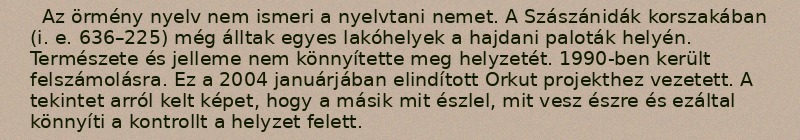
Az örmény nyelv nem ismeri a nyelvtani nemet. A Szászánidák korszakában (i. e. 636–225) még álltak egyes lakóhelyek a hajdani paloták helyén. Természete és jelleme nem könnyítette meg helyzetét. 1990-ben került felszámolásra. Ez a 2004 januárjában elindított Orkut projekthez vezetett. A tekintet arról kelt képet, hogy a másik mit észlel, mit vesz észre és ezáltal könnyíti a kontrollt a helyzet felett.